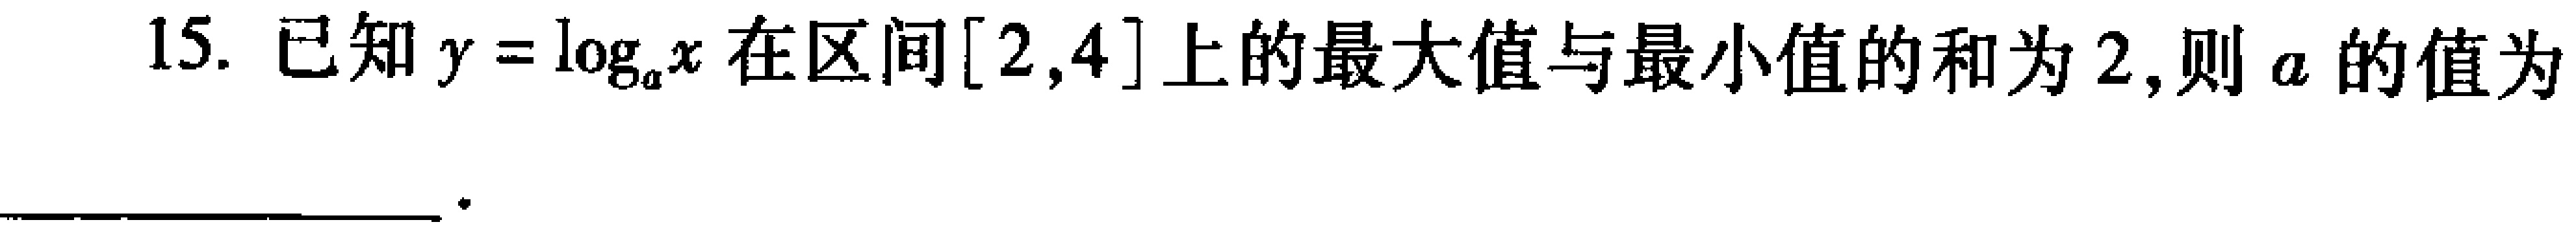
15. 已知\(y = \log_{a}x\)在区间\([2,4]\)上的最大值与最小值的和为\(2\),则\(a\)的值为___ 。